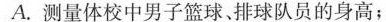
A.测量体校中男子篮球,排球队员的身高；